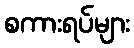
စကားရပ်များ